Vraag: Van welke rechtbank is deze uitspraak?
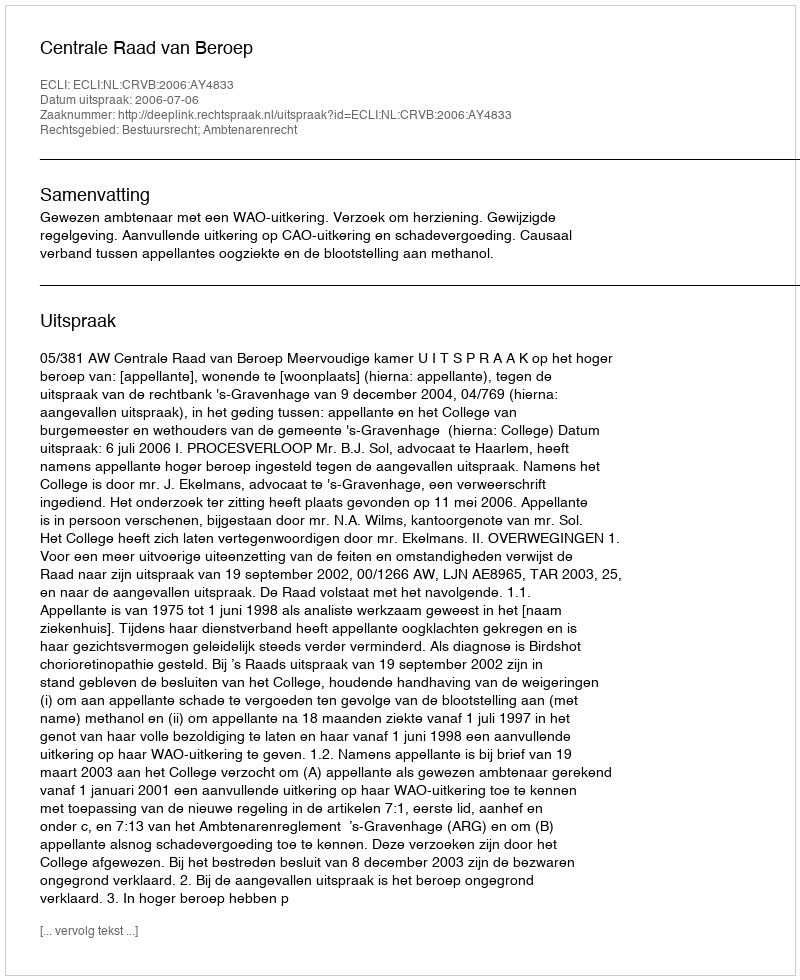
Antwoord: Centrale Raad van Beroep